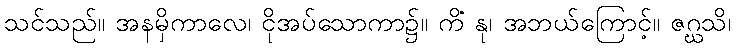
သင်သည်။ အနမှိကာလေ၊ ငိုအပ်သောကာ၌။ ကိံ နု၊ အဘယ်ကြောင့်။ ဇဂ္ဃသိ၊